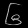
Digit: ၆